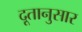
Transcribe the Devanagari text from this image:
दूतानुसार